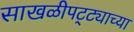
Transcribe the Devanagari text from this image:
साखळीपट्ट्याच्या